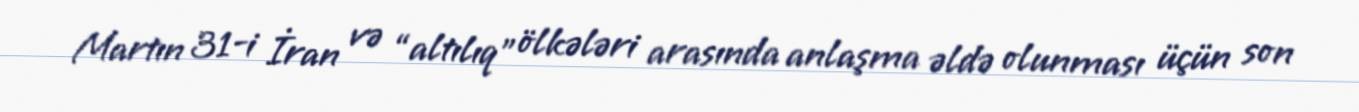
Martın 31-i İran və “altılıq” ölkələri arasında anlaşma əldə olunması üçün son